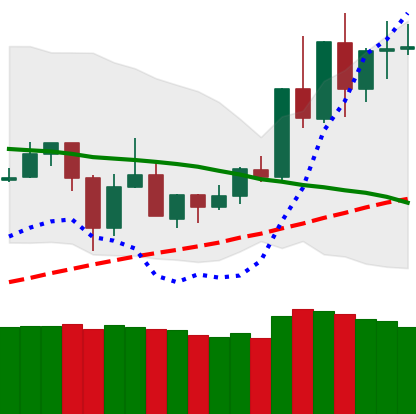
Ticker: TRX-USD
Chart end date: 2020-06-05
Forward return: 3.956%
Label: up_3_5